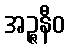
အဉ္ဇနီဝ